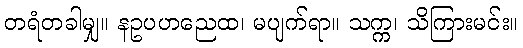
တရံတခါမျှ။ နဥပဟညေထ၊ မပျက်ရာ။ သက္က၊ သိကြားမင်း။